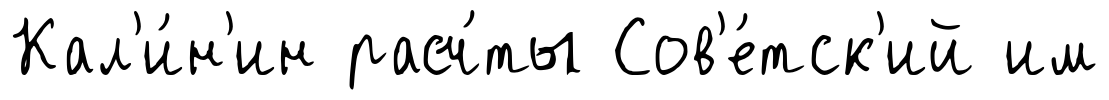
Кал'и́н'ин расч́ты Сов'е́тск'ий им